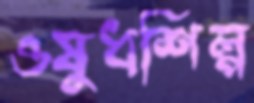
ওষুধশিল্প